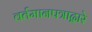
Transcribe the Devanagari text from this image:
वर्तमानपत्राद्वारे